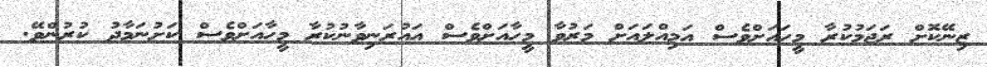
ޒިނޭކޮށް ރަޖަމުކުރާ މީހައަށްވެސް އަމިއްލައަށް މަރުވާ މީހާއަށްވެސް އައުރަނިވާނުކުރާ މީހާއަށްވެސް ކަށުނަމާދު ކުރުންވޭ.